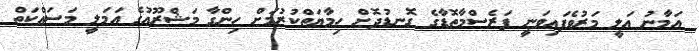
އަމާނު އަލީ މަރުވެފައިވަނީ ފަރެސްމާތޮޑާގެ ގޮނޑުދޮށް ހިމާޔަތްކުރުމަށް ހިންގާ މަޝްރޫއުގެ އަމަލީ މަސައްކަތް